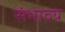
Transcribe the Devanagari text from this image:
संभाव्‍य